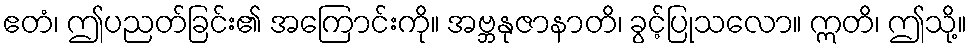
ဧတံ၊ ဤပညတ်ခြင်း၏ အကြောင်းကို။ အဗ္ဘနုဇာနာတိ၊ ခွင့်ပြုသလော။ ဣတိ၊ ဤသို့။